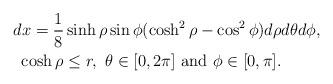
LaTeX: \begin{align*}&dx=\frac{1}{8} \sinh\rho\sin\phi(\cosh^{2}\rho-\cos^{2}\phi)d\rho d\theta d\phi, \\ & \ \cosh\rho\leq r, \ \theta\in[0,2\pi] \ \mbox{and} \ \phi\in[0,\pi].\end{align*}